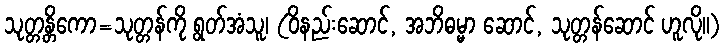
သုတ္တန္တိကော=သုတ္တန်ကို ရွတ်အံသူ၊ (ဝိနည်းဆောင်, အဘိဓမ္မာ ဆောင်, သုတ္တန်ဆောင် ဟူလို။)